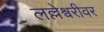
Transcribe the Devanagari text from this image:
लल्लेश्वरीवर